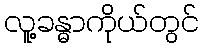
လူ့ခန္ဓာကိုယ်တွင်